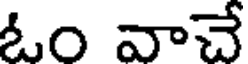
ఓం వాచే